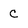
Character: c